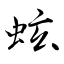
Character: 蚿